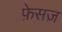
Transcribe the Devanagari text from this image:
फ़ेसज़